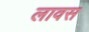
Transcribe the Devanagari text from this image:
लावस